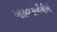
આહવાહાનીચીઓ